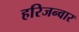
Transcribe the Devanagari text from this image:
हरिजन्वार